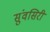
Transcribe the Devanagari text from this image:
सुंवसिरी